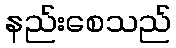
နည်းစေသည်